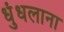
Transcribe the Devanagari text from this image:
धुंधलाना